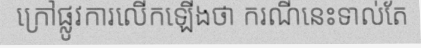
ក្រៅផ្លូវការលើកឡើងថា ករណីនេះទាល់តែ